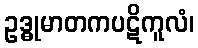
ဥဒ္ဓုမာတကပဋိကူလံ၊